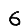
Digit: 6